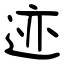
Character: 迹